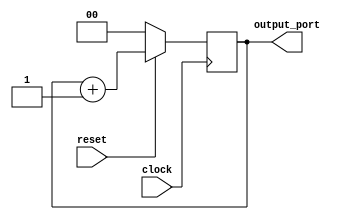
module counter_tmp( clock, reset, output_port);
input clock, reset;
output[1:0] output_port;

reg[1:0] counter_reg;

always @ (posedge clock)
begin
    if (!reset)
        counter_reg <= 2'b00;
    else
        counter_reg <= counter_reg+1;
end 

assign output_port = counter_reg;

endmodule